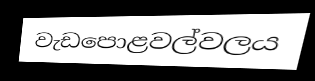
වැඩපොළවල්වලය